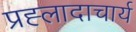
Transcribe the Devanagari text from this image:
प्रह्लादाचार्य